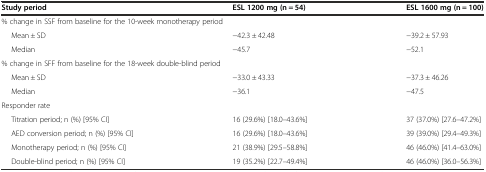
<table><thead><tr><td><b>Study period</b></td><td><b>ESL 1200 mg (n = 54)</b></td><td><b>ESL 1600 mg (n = 100)</b></td></tr></thead><tbody><tr><td colspan="3">% change in SSF from baseline for the 10-week monotherapy period</td></tr><tr><td>Mean ± SD</td><td>−42.3 ± 42.48</td><td>−39.2 ± 57.93</td></tr><tr><td>Median</td><td>−45.7</td><td>−52.1</td></tr><tr><td colspan="3">% change in SFF from baseline for the 18-week double-blind period</td></tr><tr><td>Mean ± SD</td><td>−33.0 ± 43.33</td><td>−37.3 ± 46.26</td></tr><tr><td>Median</td><td>−36.1</td><td>−47.5</td></tr><tr><td colspan="3">Responder rate</td></tr><tr><td>Titration period; n (%) [95% CI]</td><td>16 (29.6%) [18.0–43.6%]</td><td>37 (37.0%) [27.6–47.2%]</td></tr><tr><td>AED conversion period; n (%) [95% CI]</td><td>16 (29.6%) [18.0–43.6%]</td><td>39 (39.0%) [29.4–49.3%]</td></tr><tr><td>Monotherapy period; n (%) [95% CI]</td><td>21 (38.9%) [29.5–58.8%]</td><td>46 (46.0%) [41.4–63.0%]</td></tr><tr><td>Double-blind period; n (%) [95% CI]</td><td>19 (35.2%) [22.7–49.4%]</td><td>46 (46.0%) [36.0–56.3%]</td></tr></tbody></table>